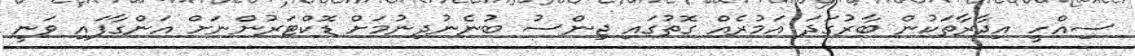
ސިއްހީ އިދާރާތަކުން ބާރުގަދަ އަމުރެއް ގޮތުގައި ޖިންސު ބުނެނުދިނުމަށް ޑޮކްޓަރުންނަށް އަންގާފައި ވަނީ